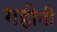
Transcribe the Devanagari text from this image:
गहीनी